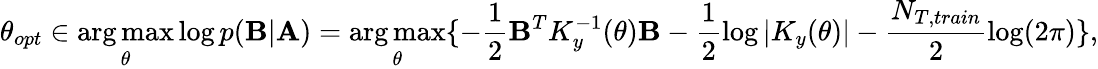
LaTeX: \theta_{opt}\in\underset{\theta}{\arg\operatorname*{max}}\log p(\mathbf{B}|\mathbf{A})=\underset{\theta}{\arg\operatorname*{max}}\{ -\frac{1}{2}\mathbf{B}^{T}K_{y}^{-1}(\theta)\mathbf{B}-\frac{1}{2}\log|K_{y}(\theta)|-\frac{N_{T,train}}{2}\log(2\pi)\} ,